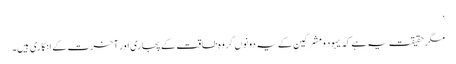
‘
مگر حقیقت یہ ہے کہ یہود و مشرکین کے یہ دونوں گروہ طاقت کے پجاری اور آخرت کے انکاری ہیں۔